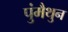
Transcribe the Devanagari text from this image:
पुंमैथुन